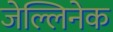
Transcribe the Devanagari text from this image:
जेल्लिनेक